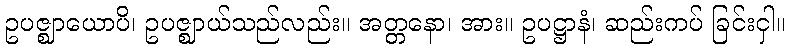
ဥပဇ္ဈာယောပိ၊ ဥပဇ္ဈာယ်သည်လည်း။ အတ္တနော၊ အား။ ဥပဋ္ဌာနံ၊ ဆည်းကပ် ခြင်းငှါ။